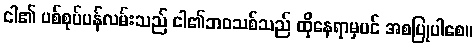
ငါ၏ ပစ်စုပ်ပန်လမ်းသည် ငါ၏ဘဝသစ်သည် ထိုနေရာမှပင် အစပြုပါစေ။